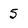
Character: 5